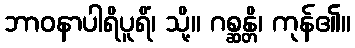
ဘာဝနာပါရိပူရိံ၊ သို့။ ဂစ္ဆန္တိ၊ ကုန်၏။